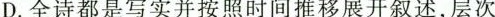
D.全诗都是写实并按照时间推移展开叙述，层次